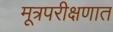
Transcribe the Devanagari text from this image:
मूत्रपरीक्षणात